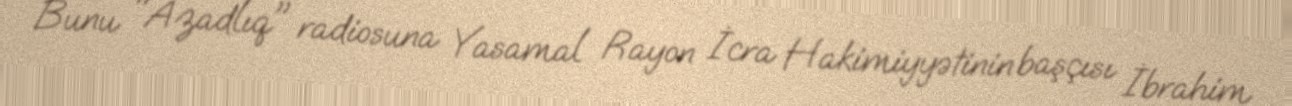
Bunu "Azadlıq" radiosuna Yasamal Rayon İcra Hakimiyyətinin başçısı İbrahim